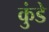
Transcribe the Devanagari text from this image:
कुंडेे